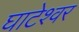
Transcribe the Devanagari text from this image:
घाटेश्वर